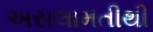
અસલામતીથી